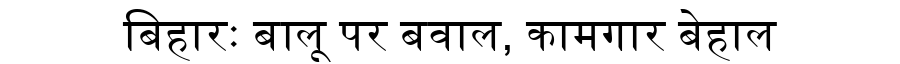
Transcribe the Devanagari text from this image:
बिहारः बालू पर बवाल, कामगार बेहाल